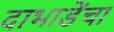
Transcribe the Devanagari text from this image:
दाभाडेंचा